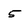
Character: 5